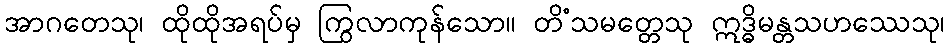
အာဂတေသု၊ ထိုထိုအရပ်မှ ကြွလာကုန်သော။ တိံသမတ္တေသု ဣဒ္ဓိမန္တသဟဿေသု၊